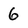
Character: 6